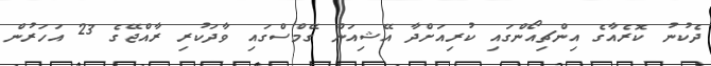
ދެކުނު ކޮރެއާގެ އިންޗިއޯންގައި ކުރިއަށްދާ އޭޝިއަން ގޭމްސްގައި ވާދަކުރި ރާއްޖޭގެ 23 އަހަރުން